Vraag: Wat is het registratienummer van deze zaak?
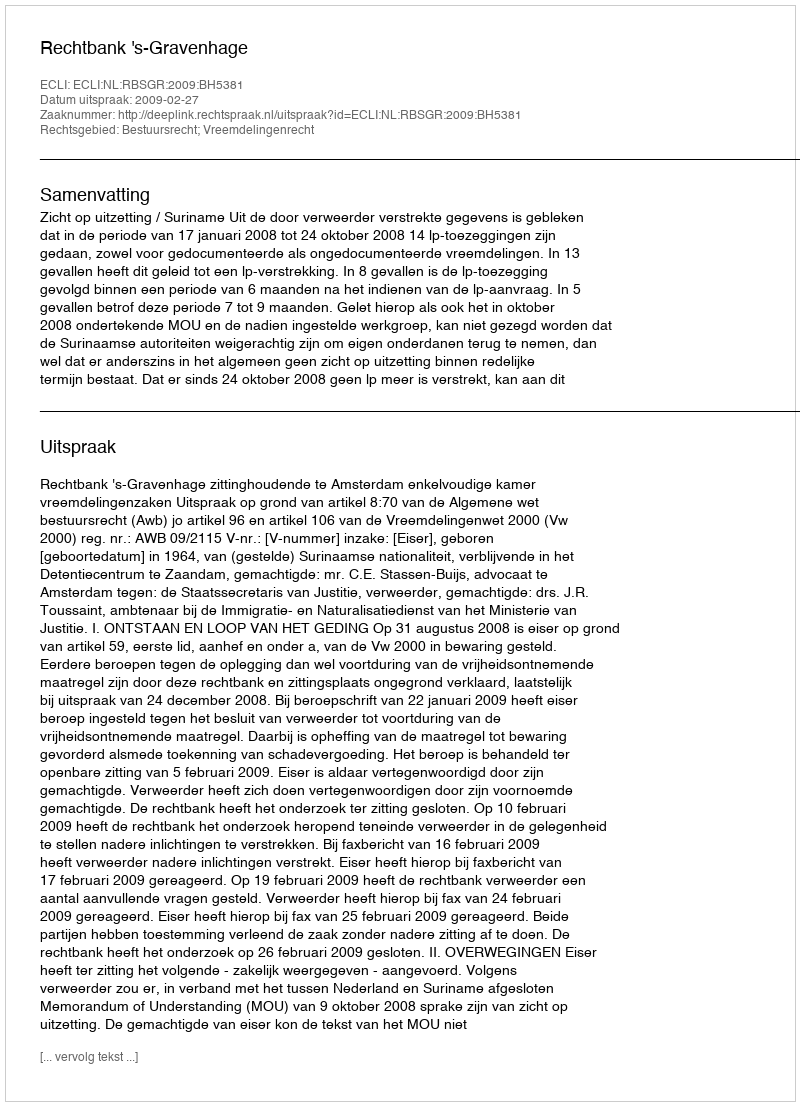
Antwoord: http://deeplink.rechtspraak.nl/uitspraak?id=ECLI:NL:RBSGR:2009:BH5381